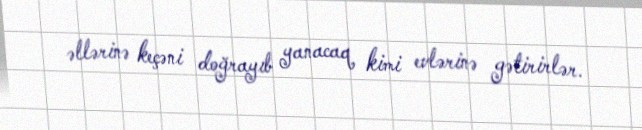
əllərinə keçəni doğrayıb yanacaq kimi evlərinə gətirirlər.